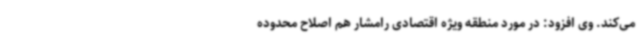
می‌کند. وی افزود: در مورد منطقه ویژه اقتصادی رامشار هم اصلاح محدوده